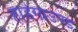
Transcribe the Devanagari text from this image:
हार्डगाउण्ड